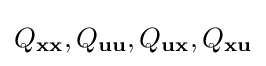
Q_{\mathbf {x} \mathbf {x} },Q_{\mathbf {u} \mathbf {u} },Q_{\mathbf {u} \mathbf {x} },Q_{\mathbf {x} \mathbf {u} }